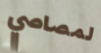
لمصاصي